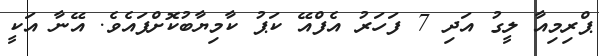
ޕްރިމިއާ ލީގު އަދި 7 ފަހަރު އެފްއޭ ކަޕު ކާމިޔާބުކޮށްފައެވެ. އޭނާ އަކީ